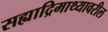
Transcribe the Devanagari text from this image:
सह्याद्रिमाथ्यावरील